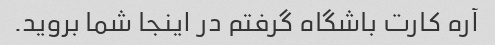
آره کارت باشگاه گرفتم در اینجا شما بروید.